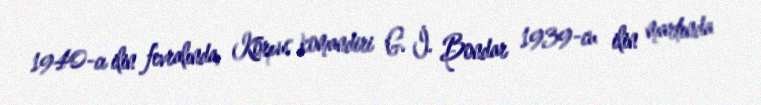
1940-cı ilin fevralında, Korpus komandiri G. İ. Bondar 1939-cu ilin martında